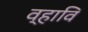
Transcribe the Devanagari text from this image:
व्हावि